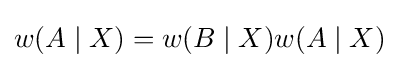
w(A\mid X)=w(B\mid X)w(A\mid X)